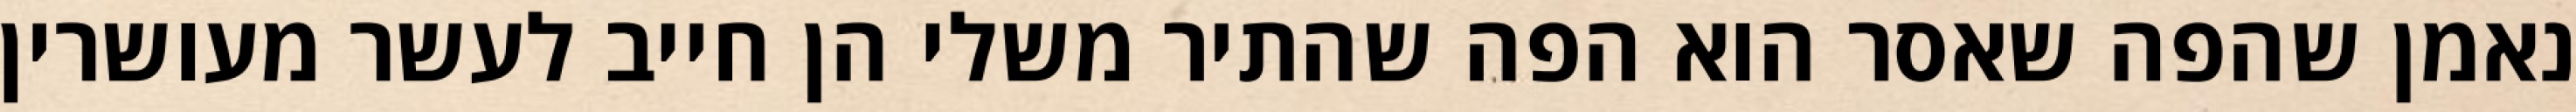
נאמן שהפה שאסר הוא הפה שהתיר משלי הן חייב לעשר מעושרין